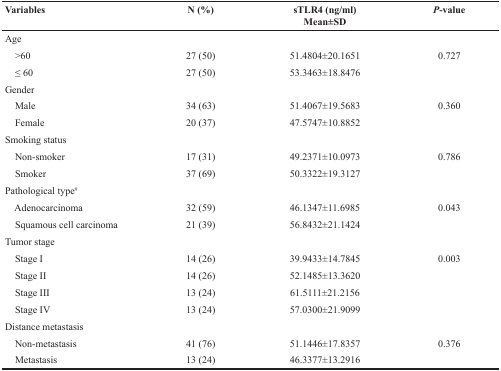
<table><thead><tr><td><b>Variables</b></td><td><b>N (%)</b></td><td><b>sTLR4 (ng/ml) Mean±SD</b></td><td><b><i>P</i>-value</b></td></tr></thead><tbody><tr><td>Age</td><td></td><td></td><td></td></tr><tr><td> &gt;60</td><td>27 (50)</td><td>51.4804±20.1651</td><td>0.727</td></tr><tr><td> ≤ 60</td><td>27 (50)</td><td>53.3463±18.8476</td><td></td></tr><tr><td>Gender</td><td></td><td></td><td></td></tr><tr><td> Male</td><td>34 (63)</td><td>51.4067±19.5683</td><td>0.360</td></tr><tr><td> Female</td><td>20 (37)</td><td>47.5747±10.8852</td><td></td></tr><tr><td>Smoking status</td><td></td><td></td><td></td></tr><tr><td> Non-smoker</td><td>17 (31)</td><td>49.2371±10.0973</td><td>0.786</td></tr><tr><td> Smoker</td><td>37 (69)</td><td>50.3322±19.3127</td><td></td></tr><tr><td>Pathological type<sup>#</sup></td><td></td><td></td><td></td></tr><tr><td> Adenocarcinoma</td><td>32 (59)</td><td>46.1347±11.6985</td><td>0.043</td></tr><tr><td> Squamous cell carcinoma</td><td>21 (39)</td><td>56.8432±21.1424</td><td></td></tr><tr><td>Tumor stage</td><td></td><td></td><td></td></tr><tr><td> Stage I</td><td>14 (26)</td><td>39.9433±14.7845</td><td>0.003</td></tr><tr><td> Stage II</td><td>14 (26)</td><td>52.1485±13.3620</td><td></td></tr><tr><td> Stage III</td><td>13 (24)</td><td>61.5111±21.2156</td><td></td></tr><tr><td> Stage IV</td><td>13 (24)</td><td>57.0300±21.9099</td><td></td></tr><tr><td>Distance metastasis</td><td></td><td></td><td></td></tr><tr><td> Non-metastasis</td><td>41 (76)</td><td>51.1446±17.8357</td><td>0.376</td></tr><tr><td> Metastasis</td><td>13 (24)</td><td>46.3377±13.2916</td><td></td></tr></tbody></table>